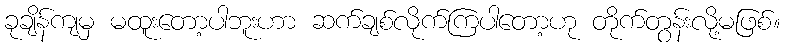
ခုချိန်ကျမှ မထူးတော့ပါဘူးဟာ ဆက်ချစ်လိုက်ကြပါတော့ဟု တိုက်တွန်းလို့မဖြစ်။